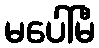
မပေါ်မီ